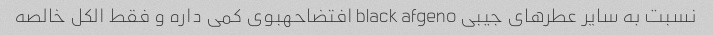
نسبت به سایر عطرهای جیبی black afgeno افتضاحهبوی کمی داره و فقط الکل خالصه